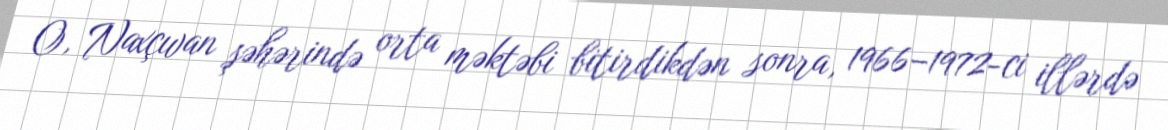
O, Naxçıvan şəhərində orta məktəbi bitirdikdən sonra, 1966–1972-ci illərdə